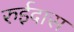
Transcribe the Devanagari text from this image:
रुईदास